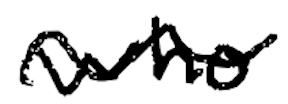
Text: who
Cross-out: wave
Writing tool: digital_black